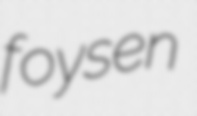
foysen